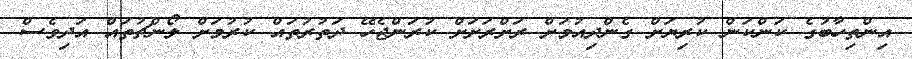
އިންތިހާބުގެ ކަންކަން ކުރިޔަށް ގެންދިއުމަށް ރަށްރަށަށް ކުރަންޖެހޭ ދަތުރުތައް ކުރުމަށް ލޯންޗުތައް އަދިވެސް